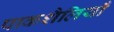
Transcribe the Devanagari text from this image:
पाकशैलियाँ